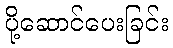
ပို့ဆောင်ပေးခြင်း